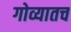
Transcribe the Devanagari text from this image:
गोव्यातच